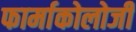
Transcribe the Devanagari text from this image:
फार्माकोलोजी